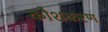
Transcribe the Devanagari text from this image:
कोशकरण